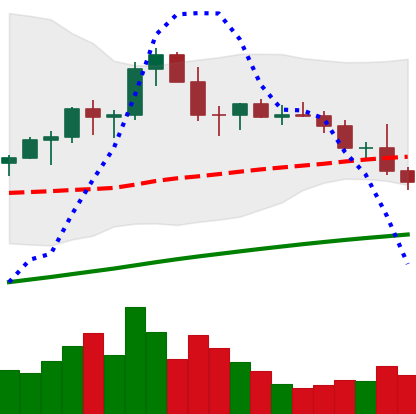
Ticker: LTC-USD
Chart end date: 2021-03-25
Forward return: 13.649%
Label: up_7plus